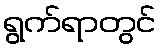
ရွက်ရာတွင်